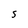
Character: 5